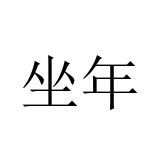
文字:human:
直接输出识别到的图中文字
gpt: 坐年